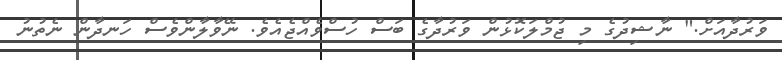
ވަރުދާއަށް." ނާޝިދުގެ މި ޖުމްލަކޮޅުން ވަރުދާގެ ބަސް ހުސްވެއްޖެއެވެ. ނޭވާލާންވެސް ހަނދާން ނެތުނު